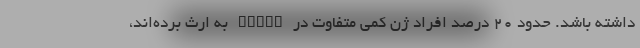
داشته باشد. حدود ۲۰ درصد افراد ژن کمی متفاوت در STING به ارث برده‌اند،